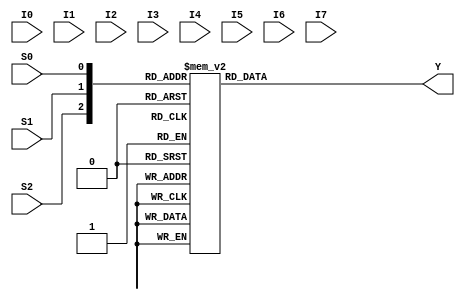
`timescale 1ns / 1ps


module mux(
input [3:0] I0,I1,I2,I3,I4,I5,I6,I7,
input S2,S1,S0,
output reg [3:0] Y
    );
    assign I0=4'b0000;
    assign I1=4'b0001;
    assign I2=4'b0010;
    assign I3=4'b0011;
    assign I4=4'b0100;
    assign I5=4'b0101;
    assign I6=4'b0110;
    assign I7=4'b0111;
    
    always @*
    begin
        case({S2,S1,S0})
        3'b000 : Y=I0;
        3'b001 : Y=I1;
        3'b010 : Y=I2;
        3'b011 : Y=I3;
        3'b100 : Y=I4;
        3'b101 : Y=I5;
        3'b110 : Y=I6;
        3'b111 : Y=I7;
        endcase
    end    
endmodule